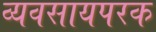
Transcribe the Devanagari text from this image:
व्‍यवसायपरक